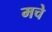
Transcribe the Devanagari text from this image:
मचे